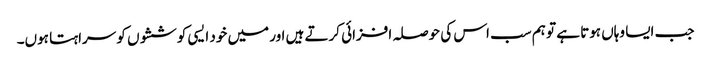
جب ایسا وہاں ہوتا ہے تو ہم سب اس کی حوصلہ افزائی کرتے ہیں اور میں خود ایسی کوششوں کو سراہتا ہوں۔